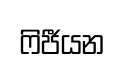
ෆිජීයන